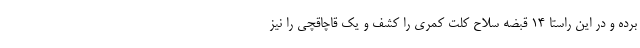
برده و در این راستا ۱۴ قبضه سلاح کلت کمری را کشف و یک قاچاقچی را نیز